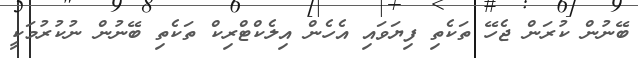
ބޭނުން ކުރަން ޖެހޭ ތަކެތި ފިޔަވައި އެހެން އިލެކްޓްރިކް ތަކެތި ބޭނުން ނުކުރުމަކީ